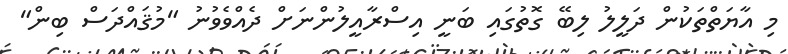
މި އާޔަތްތަކުން ދަލީލު ލިބޭ ގޮތުގައި ބަނީ އިސްރާއީލުންނަށް ދެއްވެވުނު "މުޤައްދަސް ބިން"